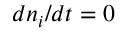
d n _ { i } / d t = 0